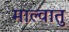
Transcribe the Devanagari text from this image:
माल्वातु